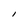
Character: l